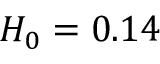
H _ { 0 } = 0 . 1 4